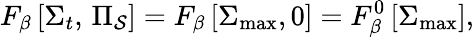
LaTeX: F_{\beta}\left[\Sigma_{t},\, \Pi_{\mathcal{S}}\right]=F_{\beta}\left[\Sigma_{\operatorname*{max}},0\right]=F_{\beta}^{0}\left[\Sigma_{\operatorname*{max}}\right],